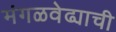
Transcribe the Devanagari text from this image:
मंगळवेढ्याची